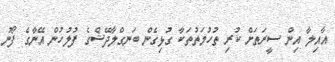
އާއިލާ އިން ސީރަތަށް ކުރި ތުހުމަތުތަކާ ގުޅިގެން ބަނގްލާދޭޝްގެ ފުލުހުން އޭނާގެ ފޯނު